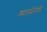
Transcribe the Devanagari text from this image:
स्थलसेनेतर्फे